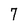
Character: 7